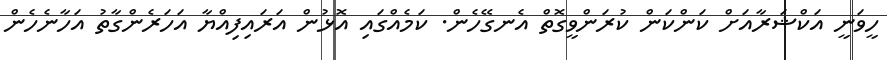
ހީވަނީ އަކްޝަރާއަށް ކަންކަން ކުރަންވީގޮތް އެނގޭހެން. ކަމެއްގައި އޮޅުން އަރައިފިއްޔާ އަހަރެންގާތު އަހާނެހެން